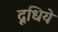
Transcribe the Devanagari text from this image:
दूधिये